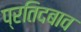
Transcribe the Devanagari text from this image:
प्रतिदबाव